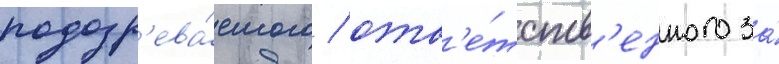
подозр'ева́емого / отв'е́тств'енного за́